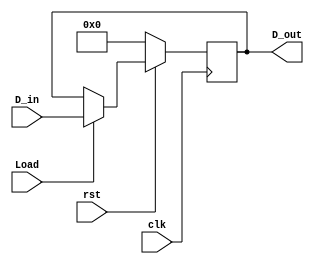
module LoadRegister (D_in, D_out, clk, rst, Load);
	input [6:0] D_in;
	output [6:0] D_out;
	input clk, rst, Load;
	reg [6:0] D_out;
	
	always @ (posedge clk)
	begin
		if (rst == 1'b0)
			begin
				D_out <= 4'b0000000;
			end
		else
			begin
				if (Load == 1'b1)
					begin
						D_out <= D_in;
					end
			end
	end

endmodule